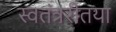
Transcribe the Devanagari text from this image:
स्वतंत्ररीतया